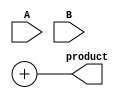
module wallace_tree_multiplier #(parameter A_WIDTH = 8, B_WIDTH = 8)(
    input [A_WIDTH-1:0] A,
    input [B_WIDTH-1:0] B,
    output reg [A_WIDTH + B_WIDTH - 1:0] product
);

    // Generate partial products
    wire [A_WIDTH-1:0] pp[B_WIDTH-1:0];
    genvar i, j;
    generate
        for (i = 0; i < B_WIDTH; i = i + 1) begin : partial_product_gen
            assign pp[i] = A & {A_WIDTH{B[i]}};
        end
    endgenerate

    // Wallace tree reduction
    wire [A_WIDTH + B_WIDTH - 1:0] sum_stage[0:2*A_WIDTH-1];
    wire [A_WIDTH + B_WIDTH - 1:0] carry_stage[0:2*A_WIDTH-1];
    wire [A_WIDTH + B_WIDTH - 1:0] final_sum, final_carry;

    // Stage 1: Reduce partial products
    generate
        for (i = 0; i < B_WIDTH; i = i + 1) begin : reduction_stage
            if (i < B_WIDTH - 1) begin
                // Half adders for the first two bits
                if (i == 0) begin
                    assign sum_stage[i] = pp[i];
                    assign carry_stage[i] = 0;
                end else begin
                    wire [A_WIDTH + B_WIDTH - 1:0] ha_sum, ha_carry;
                    assign ha_sum = pp[i] ^ sum_stage[i-1];
                    assign ha_carry = pp[i] & sum_stage[i-1];
                    assign sum_stage[i] = ha_sum;
                    assign carry_stage[i] = carry_stage[i-1] | ha_carry;
                end
            end
        end
    endgenerate

    // Final addition
    assign final_sum = sum_stage[B_WIDTH - 1] + carry_stage[B_WIDTH - 1];

    always @(*) begin
        product = final_sum;
    end

endmodule